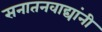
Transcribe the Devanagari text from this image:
सनातनवाद्यांनी